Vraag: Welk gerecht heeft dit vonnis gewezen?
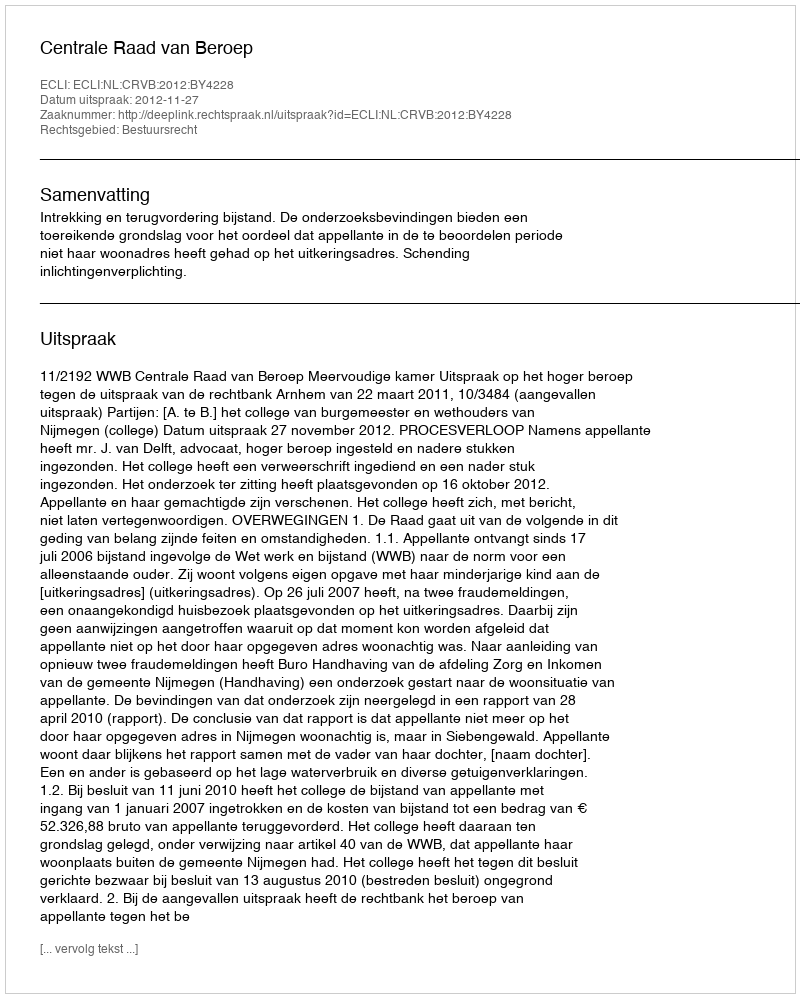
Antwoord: Centrale Raad van Beroep